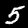
Digit: 5